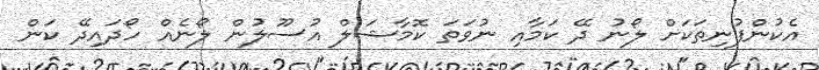
އެކުންފުނިތަކަށް ލޯނު ދޭ ކަމާއި ނުވަތަ ކޮމާޝަލް އުސޫލުން ލޯނެއް ހޯދައިދޭ ކަން